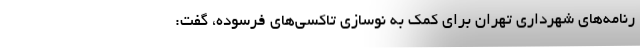
رنامه‌های شهرداری تهران برای کمک به نوسازی تاکسی‌های فرسوده، گفت: